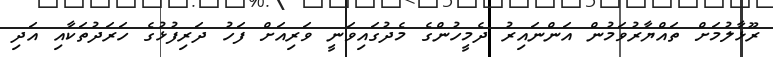
ރޫޅާލުމަށް ތައްޔާރުވަމުން އަންނައިރު ދެމީހުންގެ މެދުގައިވަނީ ވަރިއަށް ފަހު ދަރިފުޅުގެ ހަރަދުތަކާއި އަދި